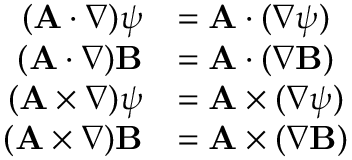
{ \begin{array} { r l } { ( \mathbf { A } \cdot \nabla ) \psi } & { = \mathbf { A } \cdot ( \nabla \psi ) } \\ { ( \mathbf { A } \cdot \nabla ) \mathbf { B } } & { = \mathbf { A } \cdot ( \nabla \mathbf { B } ) } \\ { ( \mathbf { A } \times \nabla ) \psi } & { = \mathbf { A } \times ( \nabla \psi ) } \\ { ( \mathbf { A } \times \nabla ) \mathbf { B } } & { = \mathbf { A } \times ( \nabla \mathbf { B } ) } \end{array} }